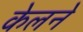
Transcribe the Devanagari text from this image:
केलने